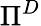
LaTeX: \Pi^{D}